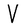
Character: V